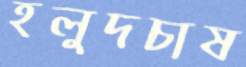
হলুদচাষ